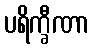
ပရိက္ခီဏာ